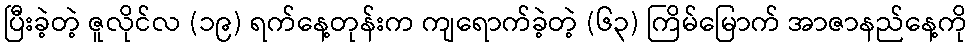
ပြီးခဲ့တဲ့ ဇူလိုင်လ (၁၉) ရက်နေ့တုန်းက ကျရောက်ခဲ့တဲ့ (၆၃) ကြိမ်မြောက် အာဇာနည်နေ့ကို